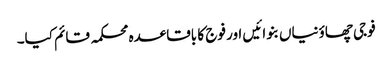
فوجی چھاؤنیاں بنوائیں اور فوج کا باقاعدہ محکمہ قائم کیا۔